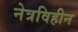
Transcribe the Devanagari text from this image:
नेत्रविहीन